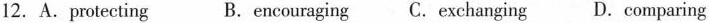
12. A. Protecting B. encouraging C. Exchanging D.comparing